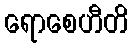
ရောစေဟီတိ